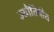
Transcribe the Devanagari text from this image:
ज्यौतिषीय